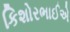
કિશોરભાઈએ